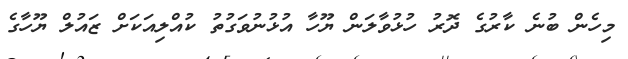
މިހެން ބުނެ ކާރުގެ ދޮރު ހުޅުވާލަން ޔޫހާ އުޅުނުވަގުތު ކުއްލިއަކަށް ޒައުލް ޔޫހާގެ